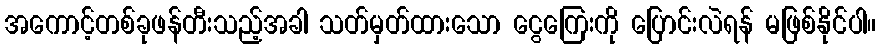
အကောင့်တစ်ခုဖန်တီးသည့်အခါ သတ်မှတ်ထားသော ငွေကြေးကို ပြောင်းလဲရန် မဖြစ်နိုင်ပါ။